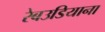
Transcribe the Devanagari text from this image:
रेबउडियाना